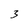
Character: 3